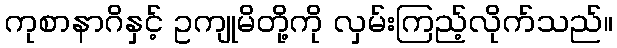
ကုစာနာဂိနှင့် ဥကျုမိတို့ကို လှမ်းကြည့်လိုက်သည်။